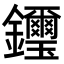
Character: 𨰡